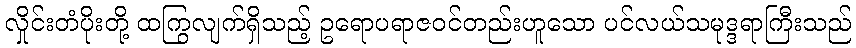
လှိုင်းတံပိုးတို့ ထကြွလျက်ရှိသည့် ဥရောပရာဇဝင်တည်းဟူသော ပင်လယ်သမုဒ္ဒရာကြီးသည်